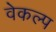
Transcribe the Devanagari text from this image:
वेकल्प